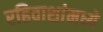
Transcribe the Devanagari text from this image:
रहिवाशांमध्ये